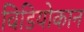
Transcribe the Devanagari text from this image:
विडियोकान